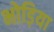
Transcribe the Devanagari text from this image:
भोड़िया